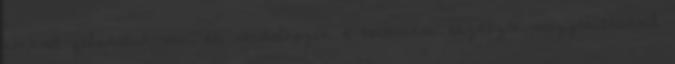
konkrét feladatuk van, és rendelkezik a technikai eszközök mozgósításáról